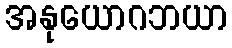
အနုယောဂဘယာ